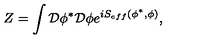
Z = \int { \cal D } \phi ^ { * } { \cal D } \phi e ^ { i S _ { e f f } ( \phi ^ { * } , \phi ) } ,